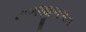
નાગજીભગત